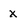
Character: x